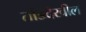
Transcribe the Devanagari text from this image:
तोंडदेखील